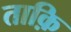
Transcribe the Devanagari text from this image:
ताक़ि